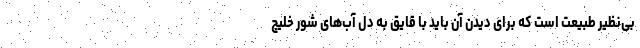
بی‌نظیر طبیعت است که برای دیدن آن باید با قایق به دل آب‌های شور خلیج